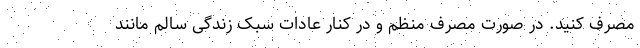
مصرف کنید. در صورت مصرف منظم و در کنار عادات سبک زندگی سالم مانند